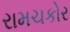
રામચકોર